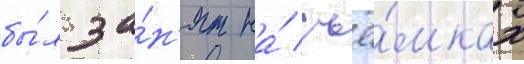
бы́л за́н'ят на́ съё́мках